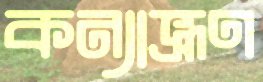
কন্যাভ্রূণ